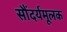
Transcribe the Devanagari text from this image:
सौंदर्यमूलक